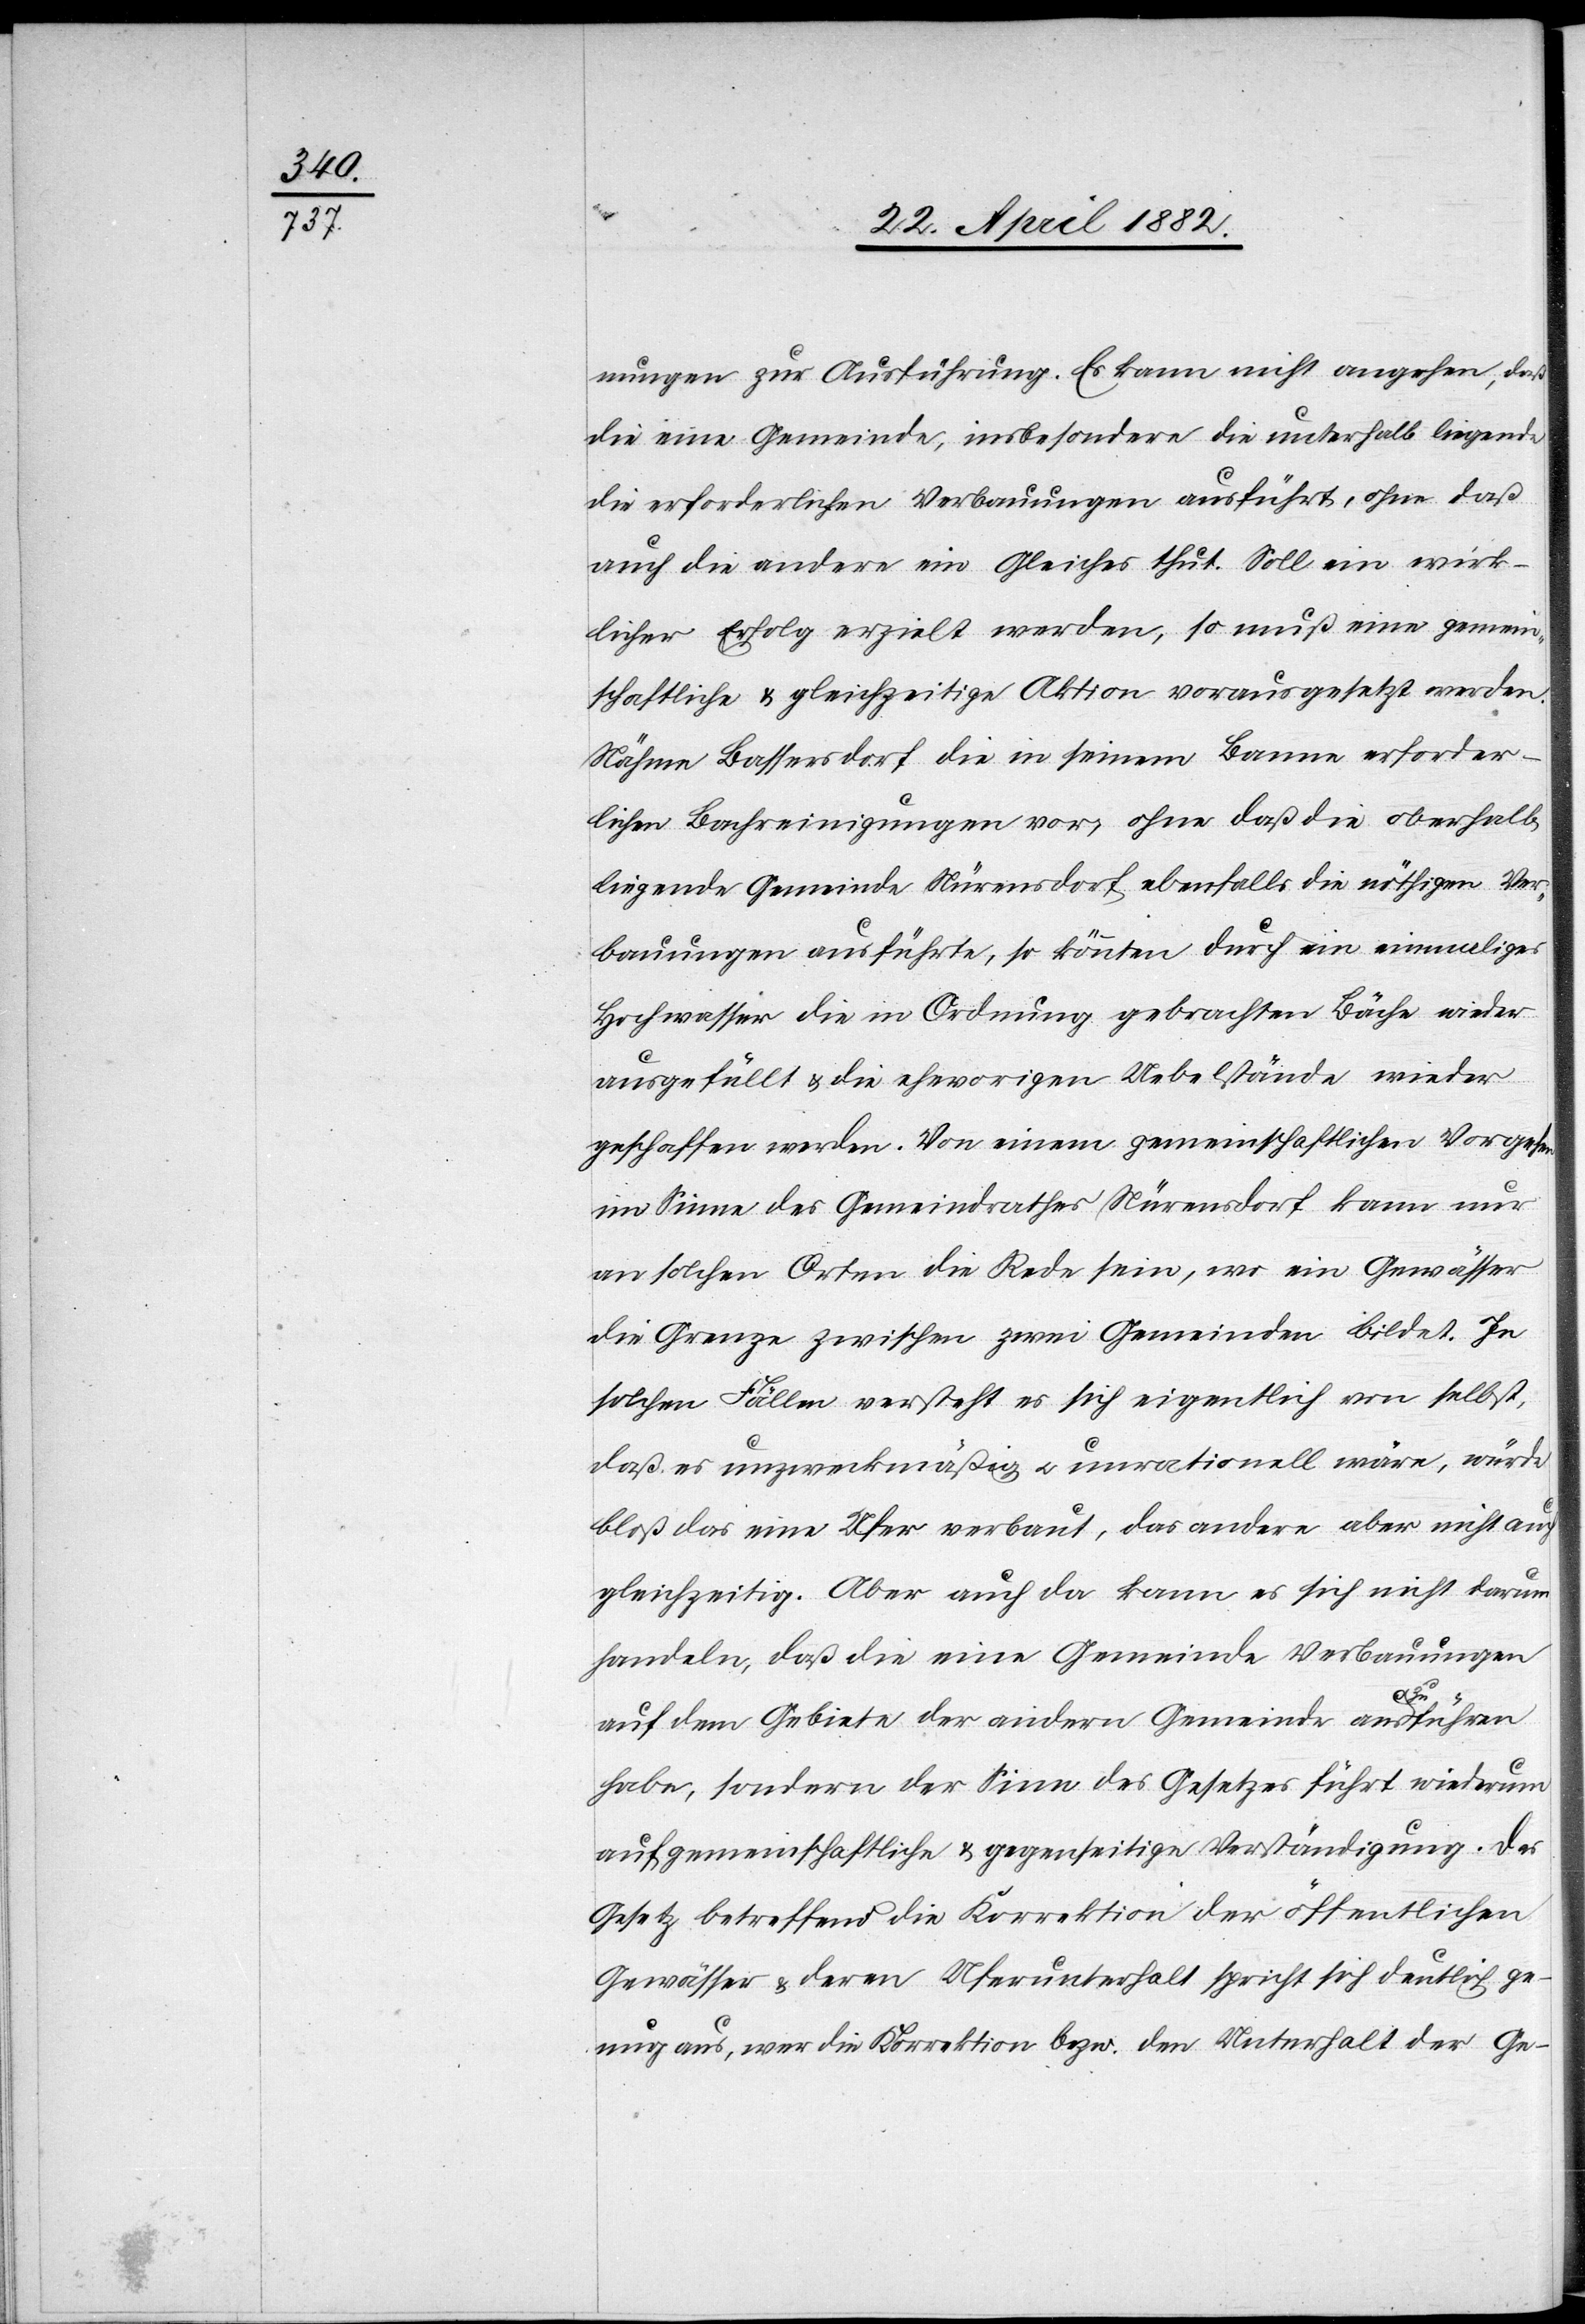
nungen zur Ausführung. Es kann nicht angehen, daß
die eine Gemeinde, insbesondere die unterhalb liegende
die erforderlichen Verbauungen ausführt, ohne daß
auch die andere ein Gleiches thut. Soll ein wirk¬
licher Erfolg erzielt werden, so muß eine gemein¬
schaftliche & gleichzeitige Aktion vorausgesetzt werden.
Nähme Bassersdorf die in seinem Banne erforder¬
lichen Bachreinigungen vor, ohne daß die oberhalb
liegende Gemeinde Nürensdorf ebenfalls die nöthigen Ver¬
bauungen ausführte, so könnten durch ein einmaliges
Hochwasser die in Ordnung gebrachten Bäche wieder
ausgefüllt & die ehevorigen Uebelstände wieder
geschaffen werden. Von einem gemeinschaftlichen Vorge¬
im Sinne des Gemeindrathes Nürensdorf kann nur
an solchen Orten die Rede sein, wo ein Gewässer
die Grenze zwischen zwei Gemeinden bildet. In
solchen Fällen versteht es sich eigentlich von selbst,
daß es unzweckmäßig u. unrationell wäre, würde
bloß das eine Ufer verbaut, das andere aber nicht auch
gleichzeitig. Aber auch da kann es sich nicht darum
handeln, daß die eine Gemeinde Verbauungen
hen
auf dem Gebiete der andern Gemeinde auszuführen
habe, sondern der Sinn des Gesetzes führt wiederum
auf gemeinschaftliche & gegenseitige Verständigung. Das
Gesetz betreffend die Korrektion der öffentlichen
Gewässer & deren Uferunterhalt spricht sich deutlich ge¬
nug aus, wer die Korrektion bezw. den Unterhat der Ge-